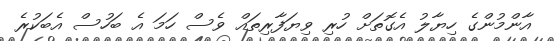
އާންމުންގެ ހިޔާލު އެގޮތަށް ހުރި ވިޔަފާރިތައް ވެސް ހަމަ އެ ބަހުސް އެބަކުރެ